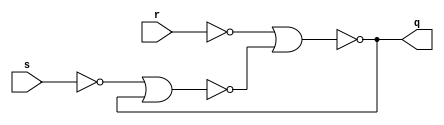
module srlatch(
    input s,
    input r,
    output q
);

wire w;

assign w = ~(~s | q);

assign q = ~(~r | w);

endmodule